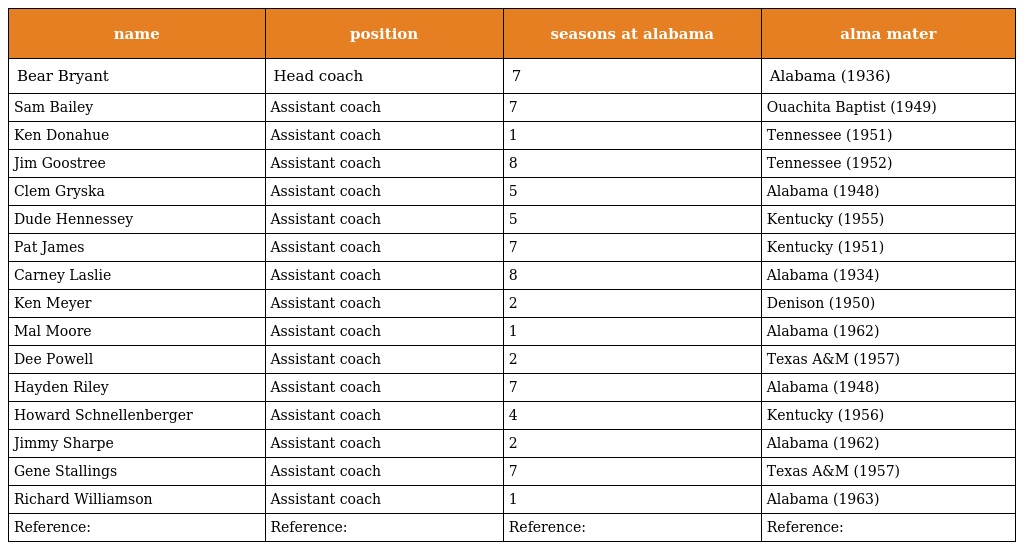
| name | position | seasons at alabama | alma mater |
 | --- | --- | --- | --- |
 | Bear Bryant | Head coach | 7 | Alabama (1936) |
 | Sam Bailey | Assistant coach | 7 | Ouachita Baptist (1949) |
 | Ken Donahue | Assistant coach | 1 | Tennessee (1951) |
 | Jim Goostree | Assistant coach | 8 | Tennessee (1952) |
 | Clem Gryska | Assistant coach | 5 | Alabama (1948) |
 | Dude Hennessey | Assistant coach | 5 | Kentucky (1955) |
 | Pat James | Assistant coach | 7 | Kentucky (1951) |
 | Carney Laslie | Assistant coach | 8 | Alabama (1934) |
 | Ken Meyer | Assistant coach | 2 | Denison (1950) |
 | Mal Moore | Assistant coach | 1 | Alabama (1962) |
 | Dee Powell | Assistant coach | 2 | Texas A&M (1957) |
 | Hayden Riley | Assistant coach | 7 | Alabama (1948) |
 | Howard Schnellenberger | Assistant coach | 4 | Kentucky (1956) |
 | Jimmy Sharpe | Assistant coach | 2 | Alabama (1962) |
 | Gene Stallings | Assistant coach | 7 | Texas A&M (1957) |
 | Richard Williamson | Assistant coach | 1 | Alabama (1963) |
 | Reference: | Reference: | Reference: | Reference: |